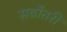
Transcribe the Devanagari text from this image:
सर्वोतरी